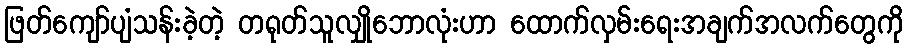
ဖြတ်ကျော်ပျံသန်းခဲ့တဲ့ တရုတ်သူလျှိုဘောလုံးဟာ ထောက်လှမ်းရေးအချက်အလက်တွေကို